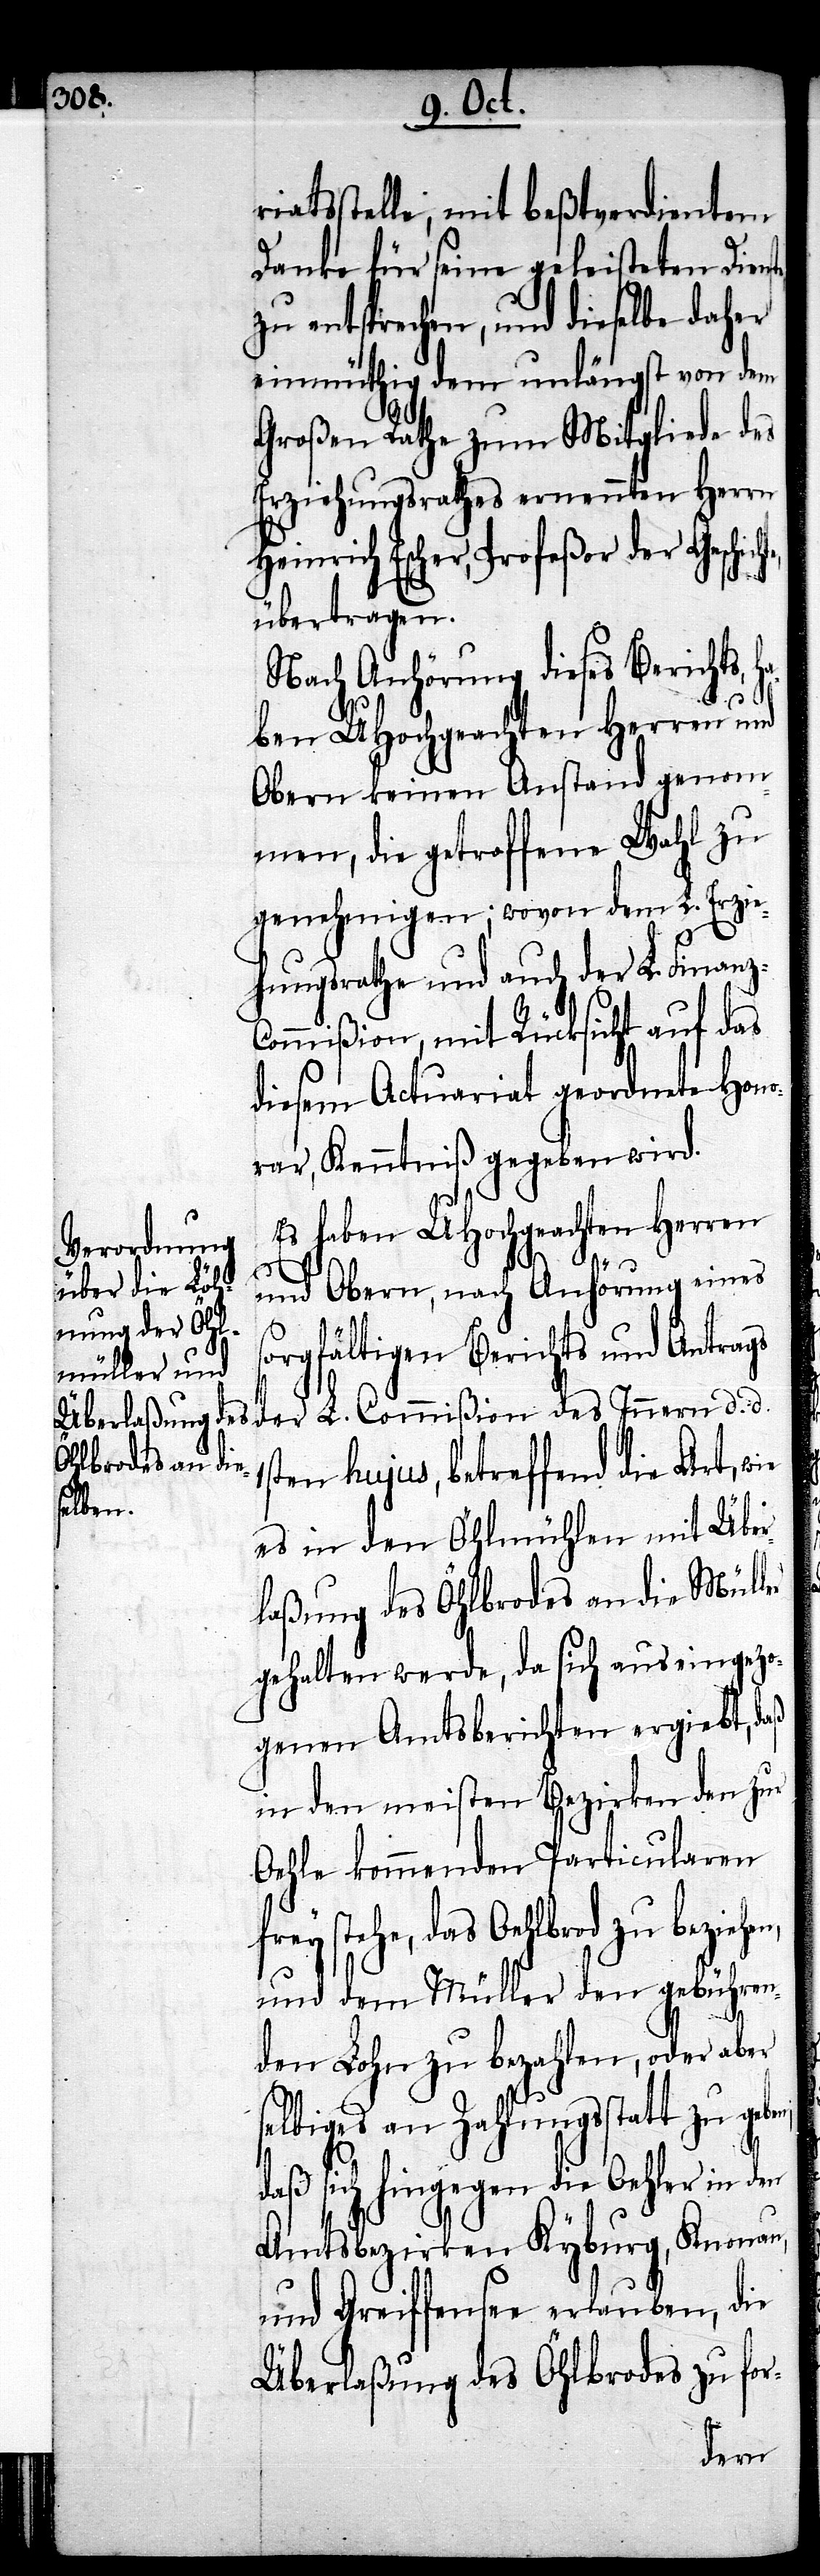
riatsstelle, mit beßtverdientem
Danke für seine geleisteten Dien¬
zu entsprechen, und dieselbe daher
einmüthig dem unlängst von dem
Großen Rathe zum Mitgliede des
Erziehungsrathes ernennten Herrn
Heinrich Escher, Profeßor der Gesch¬
übertragen.
Nach Anhörung dieses Berichts, h¬
aben UHochgeachten Herren und
Obern keinen Anstand genom¬
men, die getroffene Wahl zu
genehmigen; wovon dem L. Erzie¬
hungsrathe und auch der L. Finan¬
ommißion, mit Rücksicht auf das
diesem Actuariat geordnete Hono¬
rar, Kenntniß gegeben wird.
Es haben UHochgeachten Herren
und Obern, nach Anhörung eines
orgfältigen Berichts und Antrags
1sten hujus, betreffend die Art, wie
ichte,
es in den Öhlmühlen mit Über¬
laßung des Öhlbrodes an die Müller
gehalten werde, da sich aus eingezo¬
genen Amtsberichten ergiebt, daß
in den meißten Bezirken den zur
Oehle kommenden Particularen
frey stehe, das Oehlbrod zu beziehen,
und dem Müller den gebühren¬
den Lohn zu bezahlen, oder aber
d.
selbiges an Zahlungsstatt zu geben,
daß sich hingegen die Oehler in den
Amtsbezirken Kyburg, Knonau,
und Greiffensee erlauben, die
Überlaßung des Öhlbrodes zu for-
der